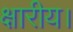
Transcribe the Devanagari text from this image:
क्षारीय।